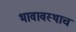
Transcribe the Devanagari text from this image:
भावावस्थाच